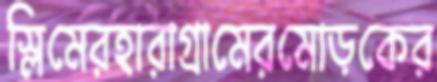
স্লিমেরহারাগ্রামেরমোড়কের